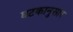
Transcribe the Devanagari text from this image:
घटकानुसार